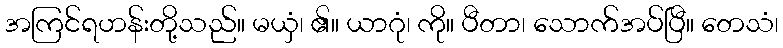
အကြင်ရဟန်းတို့သည်။ မယှံ၊ ၏။ ယာဂုံ၊ ကို။ ပီတာ၊ သောက်အပ်ပြီ။ တေသံ၊